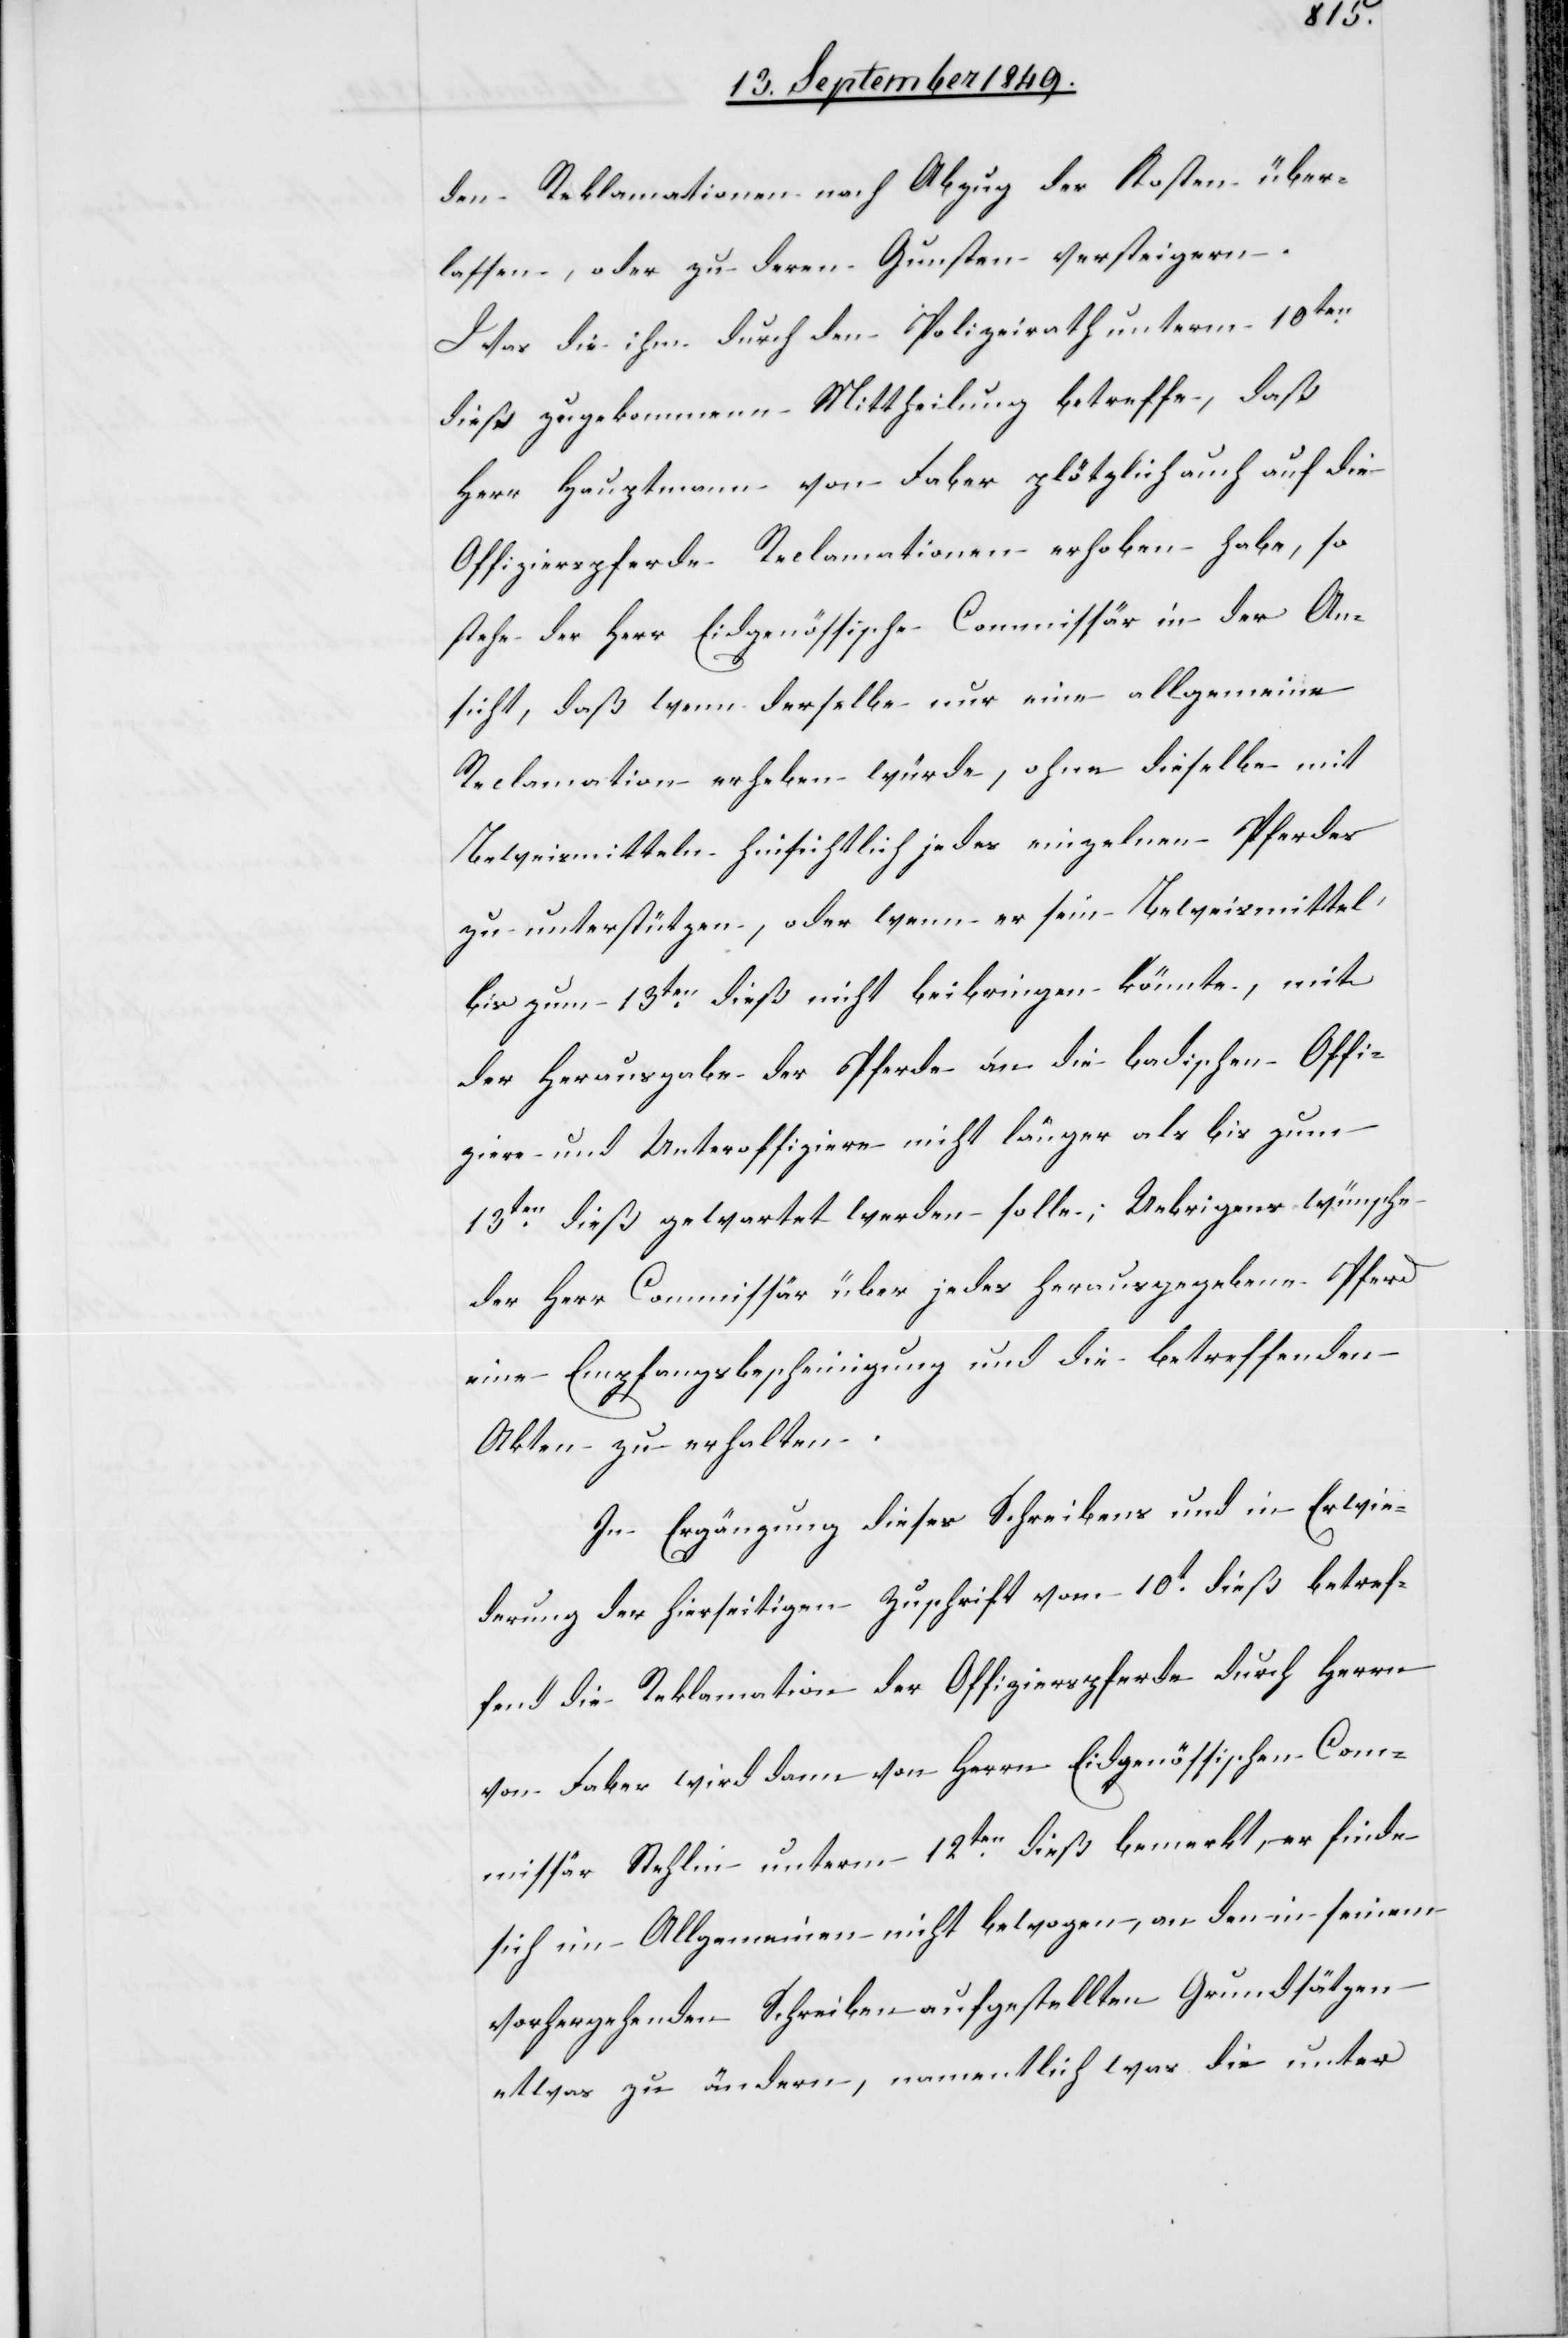
den Reklamationen nach Abzug der Kosten über¬
lassen, oder zu deren Gunsten versteigern.
Was die ihm durch den Polizeirath unterm 10ten
dieß zugekommene Mittheilung betreffe, daß
Herr Hauptmann von Faber plötzlich auch auf die
Offizierspferde Reclamationen erhoben habe, so
stehe der Herr Eidgenössische Commissär in der An¬
sicht, daß wenn derselbe nur eine allgemeine
Reclamation erheben würde, ohne dieselbe mit
Beweismitteln hinsichtlich jedes einzelnen Pferdes
zu unterstützen, oder wenn er sein Beweismittel
bis zum 13ten dieß nicht beibringen könnte, mit
der Herausgabe der Pferde an die badischen Offi¬
ziere und Unteroffiziere nicht länger als bis zum
13ten dieß gewartet werden solle; Uebrigens wünsche
der Herr Commissär über jedes herausgegebene Pferd
eine Empfangsbescheinigung und die betreffenden
Akten zu erhalten.
In Ergänzung dieses Schreibens und in Erwie¬
derung der hierseitigen Zuschrift vom 10t dieß betref¬
fend die Reklamation der Offizierspferde durch Herrn
von Faber wird dann von Herrn Eidgenössischen Com¬
missär Stehlin unterm 12ten dieß bemerkt, er finde
sich im Allgemeinen nicht bewogen, an den in seinem
vorherrschenden Schreiben aufgestellten Grundsätzen
etwas zu ändern, namentlich was die unter